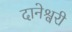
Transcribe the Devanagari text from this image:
दानेश्वरी